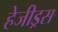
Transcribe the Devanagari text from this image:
हेजीड्रस